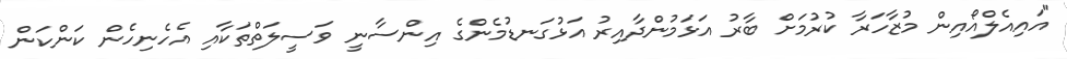
"އައިއެލްއޯއިން މުޒާހަރާ ކުރުމަށް ބާރު އަޅަމުންދާއިރު އަޅުގަނޑުމެންގެ އިންސާނީ ވަސީލަތްތަކާއި އެހެނިހެން ކަންކަން